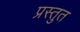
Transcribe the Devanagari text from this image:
प्रस्‍तुत